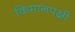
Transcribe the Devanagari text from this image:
किमानपक्षी